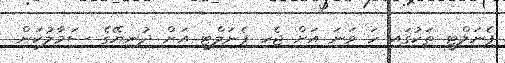
ޕެނަލްޓީ ތަކުގައި ހަ ވަނަ އަށް ޖެހި ޕެނަލްޓީ އަށް ދުނިޔޭގެ ސަމާލުކަން